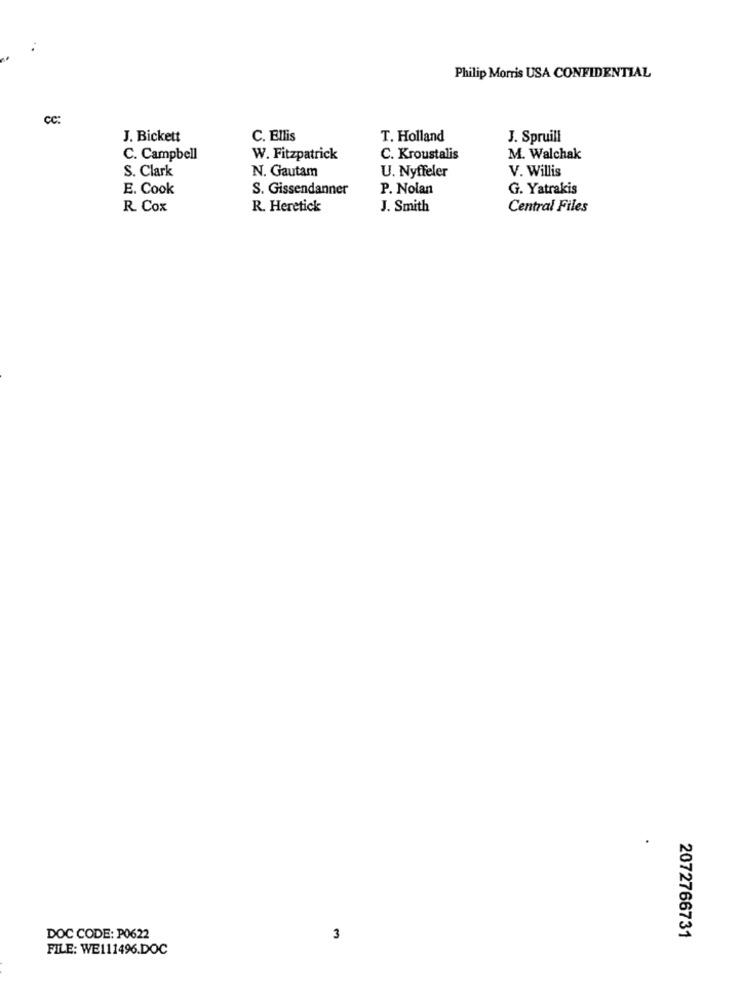
Philip Morris USA CONFIDENTIAL
CC:
J. Bickett
C. Ellis
T. Holland
J. Spruill
C. Campbell
W. Fitzpatrick
C. Kroustalis
M. Walchak
S. Clark
N. Gautam
U. Nyffeler
V. Willis
E. Cook
S. Gissendanner
P. Nolan
G. Yatrakis
R Cox
R. Heretick
J. Smith
Central Files
DOC CODE: P0622
3
2072766731
FILE: WE111496.DOC